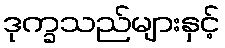
ဒုက္ခသည်များနှင့်